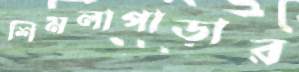
শিমলাপাড়ার